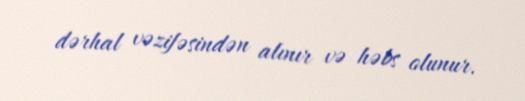
dərhal vəzifəsindən alınır və həbs olunur.